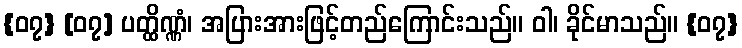
{၀၇} [၀၇] ပတ္ထိဏ္ဏံ၊ အပြားအားဖြင့်တည်ကြောင်းသည်။ ဝါ၊ ခိုင်မာသည်။ {၀၇}